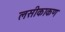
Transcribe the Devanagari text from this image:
लसीकाकण